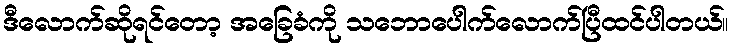
ဒီလောက်ဆိုရင်တော့ အခြေခံကို သဘောပေါက်လောက်ပြီထင်ပါတယ်။